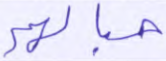
حبالهم